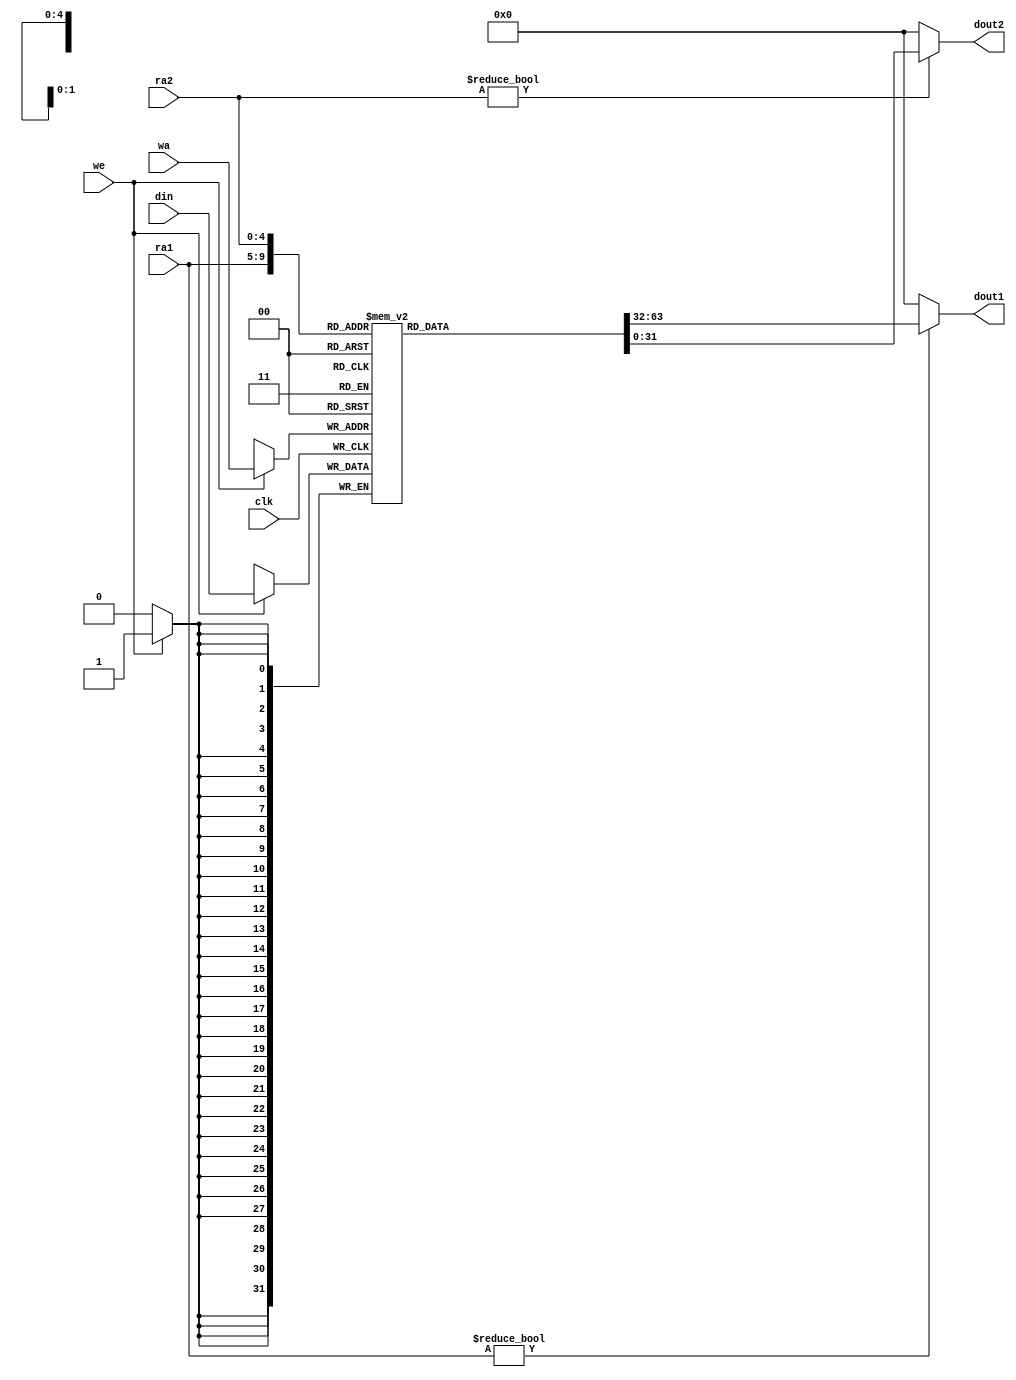
`timescale 1ns / 1ps
//////////////////////////////////////////////////////////////////////////////////
// Company: 
// Engineer: 
// 
// Design Name: 
// Module Name: regfile
// Project Name: 
// Target Devices: 
// Tool Versions: 
// Description: 
// 
// Dependencies: 
// 
// Revision:
// Revision 0.01 - File Created
// Additional Comments:
// 
//////////////////////////////////////////////////////////////////////////////////


module regfile(
    input clk,
    input we,
    input [4:0] ra1,ra2,wa,
    input [31:0] din,
    output [31:0] dout1,dout2
    );

    reg [31:0] rf [31:0];

    always@(posedge clk) begin
        if(we) begin
            rf[wa] = din;
        end
    end

    //00
    assign dout1 = (ra1!=0) ? rf[ra1] : 0; 
    assign dout2 = (ra2!=0) ? rf[ra2] : 0;
endmodule